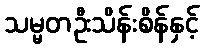
သမ္မတဦးသိန်းစိန်နှင့်